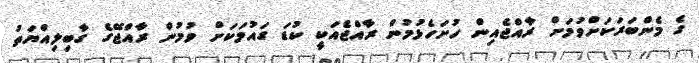
ގެ މެންބަރަކަށްވުމަށް ރާއްޖެއިން ހުށަހެޅުމުން ރާއްޖެއަކީ ކުޑަ ގައުމަކަށް ވުމުން ރާއްޖޭގެ ގާބިލިއްޔަތު